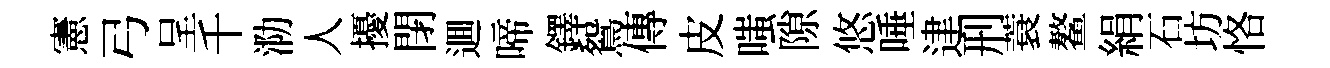
憲弓呈千泐人擾閉逥啼鐸鴛傳皮嗤隙悠唾䢖刑蓑鳌絹石坊恪